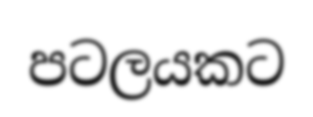
පටලයකට